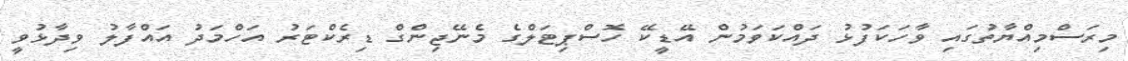
މިރަސްމިއްޔާތުގައި ވާހަކަފުޅު ދައްކަވަމުން އޭޑީކޭ ހޮސްޕިޓަލްގެ މެނޭޖިންގް ޑިރެކްޓަރު އަހްމަދު އައްފާލު ވިދާޅުވީ